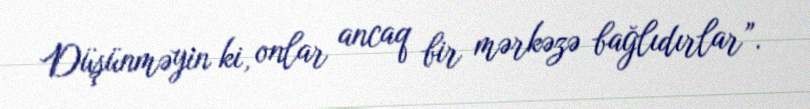
Düşünməyin ki, onlar ancaq bir mərkəzə bağlıdırlar”.